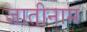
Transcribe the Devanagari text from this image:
जातीनाम